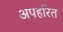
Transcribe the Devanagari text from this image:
अपहरित